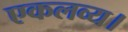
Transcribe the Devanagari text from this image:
एकलव्य।